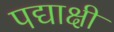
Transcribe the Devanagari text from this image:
पद्याक्षी